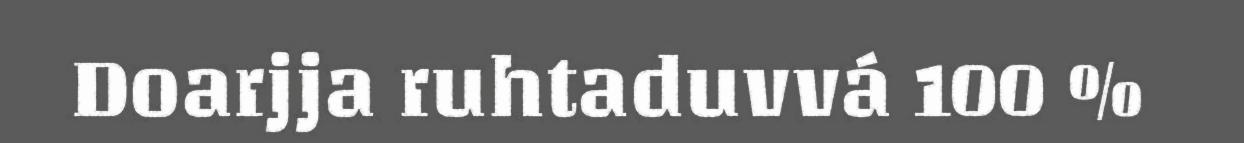
Doarjja ruhtaduvvá 100 %